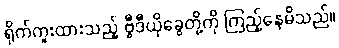
ရိုက်ကူးထားသည့် ဗွီဒီယိုခွေတို့ကို ကြည့်နေမိသည်။